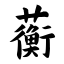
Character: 蘅